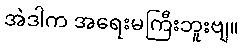
အဲဒါက အရေးမကြီးဘူးဗျ။